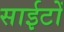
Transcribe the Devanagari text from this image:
साईटों